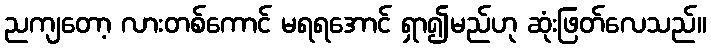
ညကျတော့ လားတစ်ကောင် မရရအောင် ရှာ၍မည်ဟု ဆုံးဖြတ်လေသည်။